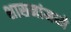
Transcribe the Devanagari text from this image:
शासनांमध्ये